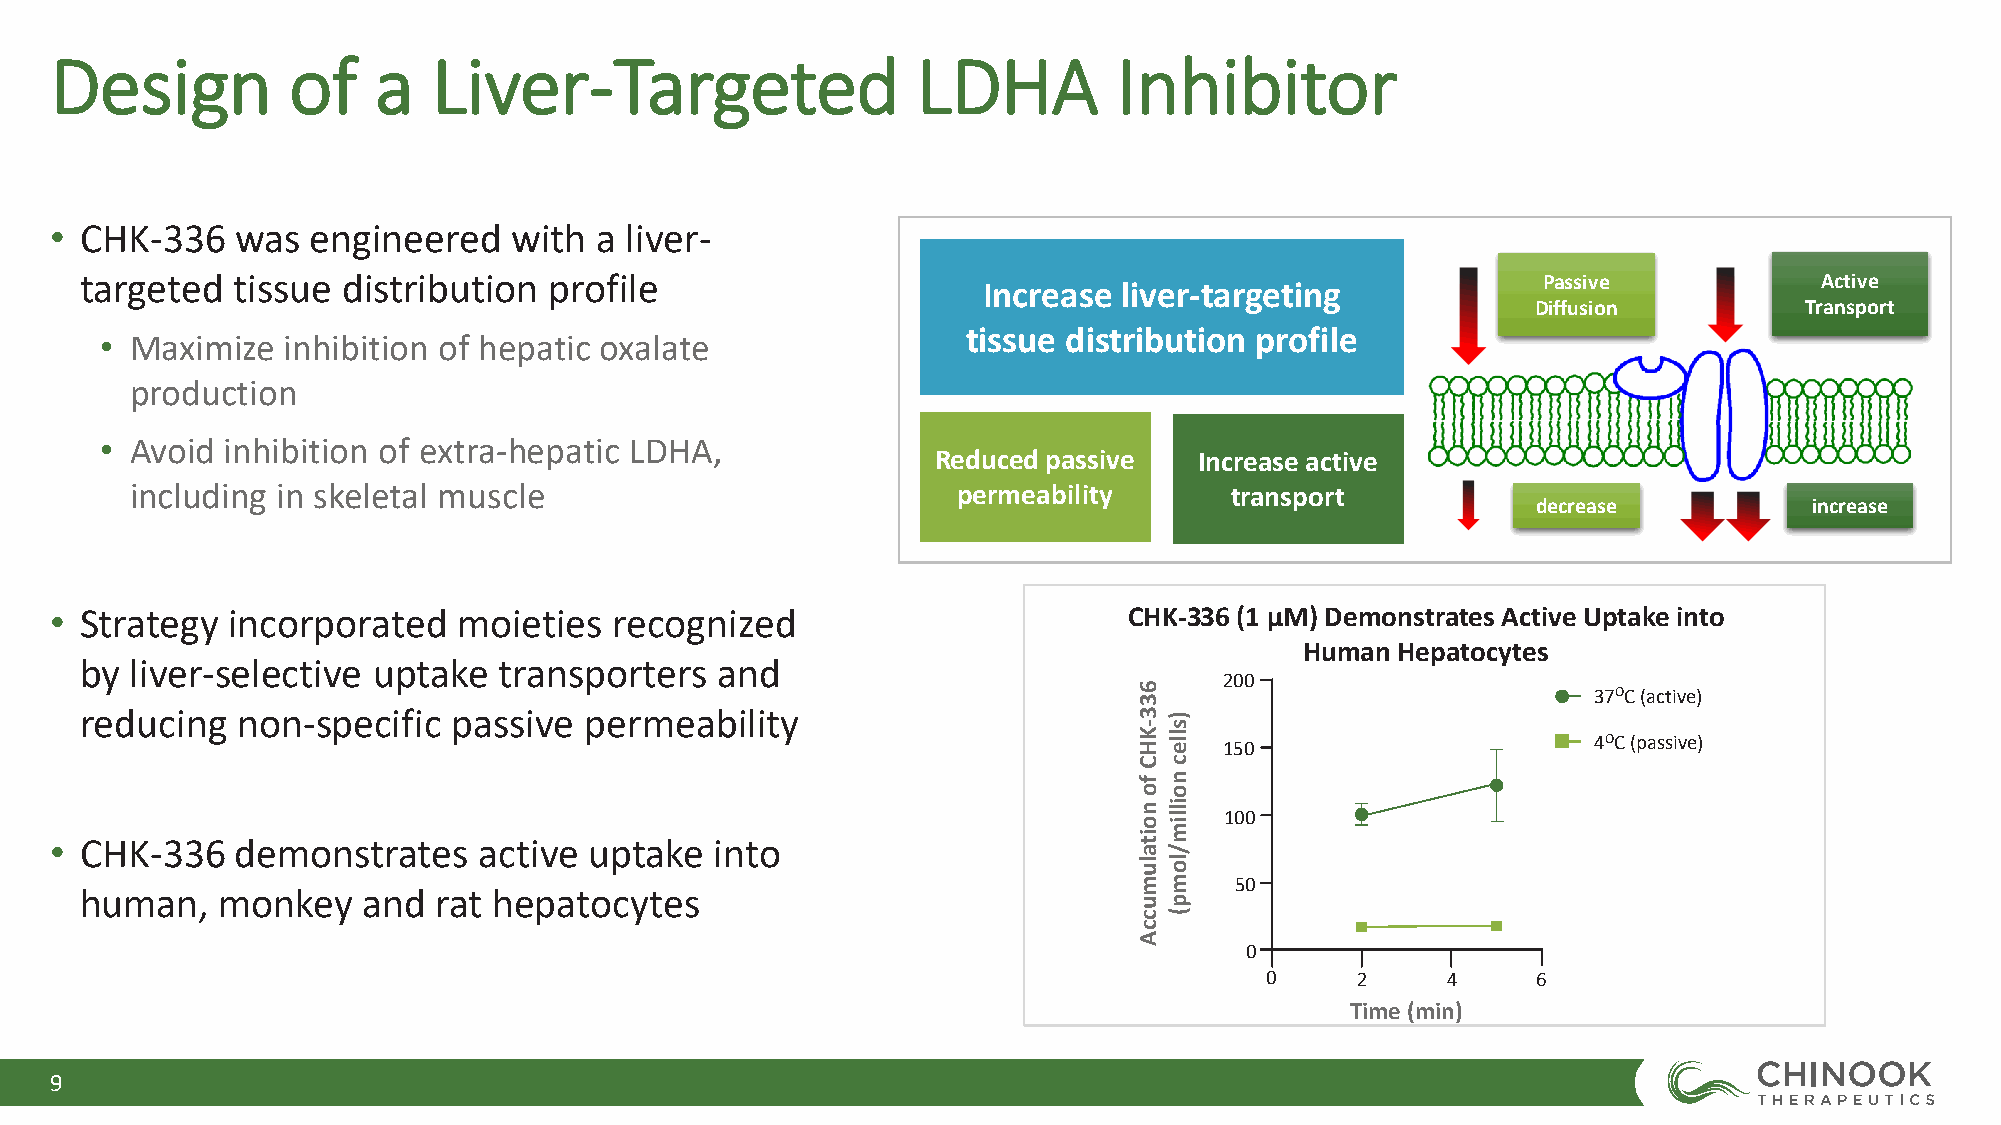
Design          of    a   Liver-Targeted                  LDHA         Inhibitor
 • CHK-336    was  engineered   with a liver-
 targeted  tissue  distribution profile                                                           Passive            Active
 Increase liver-targeting
 Diffusion        Transport
 tissue distribution profile
 • Maximize  inhibition of hepatic oxalate
 production
 • Avoid inhibition of extra-hepatic LDHA,
 Reduced passive  Increase active
 including in skeletal muscle                          permeability      transport
 decrease          increase
 • Strategy  incorporated   moieties   recognized                        CHK-336 (1 µM) Demonstrates Active Uptake into
 Human Hepatocytes
 by  liver-selective uptake  transporters  and
 200
 37OC (active)
 reducing   non-specific  passive  permeability
 4OC (passive)
 150
 100
 • CHK-336    demonstrates    active uptake  into
 50
 human,   monkey    and  rat hepatocytes
 0
 0     2     4     6
 Time (min)
 9
 633-KHC
 fo
 noitalumuccA
 )sllec
 noillim/lomp(